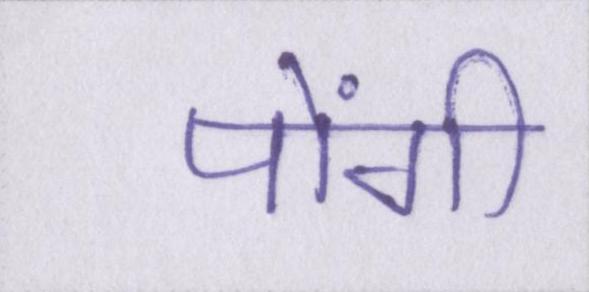
पोंगी